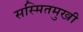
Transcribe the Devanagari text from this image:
सस्मितमुखी